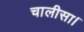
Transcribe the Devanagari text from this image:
चालीसा।